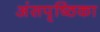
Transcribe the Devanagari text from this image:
अंसपृष्ठिका